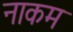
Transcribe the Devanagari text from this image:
नाकम